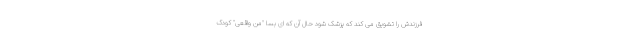
فرزندش را تشویق می کند که پزشک شود حال آن که ای بسا "من واقعی" کودک